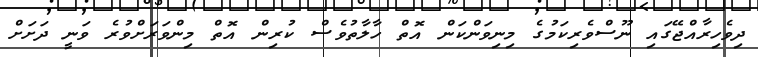
ދިވެހިރާއްޖޭގައި ނޫސްވެރިކަމުގެ މިނިވަންކަން އޮތް ހާލާތުވެސް ކުރިން އޮތް މިންވަރަށްވުރެ ވަނީ ދަށަށް